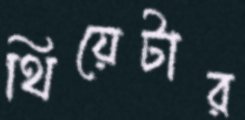
থিয়েটার